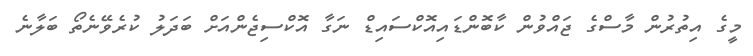
މީގެ އިތުރުން މާސްގެ ޖައްވުން ކާބޮންޑައިއޮކްސައިޑް ނަގާ އޮކްސިޖެންއަށް ބަދަލު ކުރެވޭނެތޯ ބަލާނެ